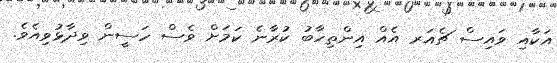
އަކާއި ވައިސް ޗެއަރ އެއް އިންތިހާބު ކުރާނެ ކަމަށް ވެސް ހަސީން ވިދާޅުވިއެވެ.